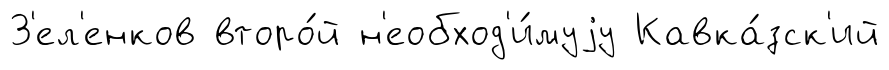
З'ел'енков второ́й н'еобход'и́муjу Кавка́зск'ий